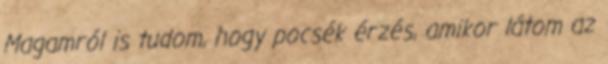
Magamról is tudom, hogy pocsék érzés, amikor látom az